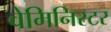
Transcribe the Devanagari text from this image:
वेमिनिस्टर